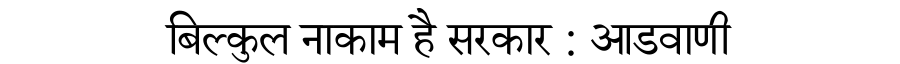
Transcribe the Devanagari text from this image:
बिल्कुल नाकाम है सरकार : आडवाणी